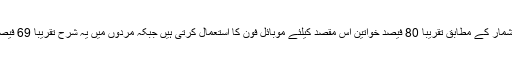
اعدادوشمار کے مطابق تقریباً 80 فیصد خواتین اس مقصد کیلئے موبائل فون کا استعمال کرتی ہیں جبکہ مردوں میں یہ شرح تقریباً 69 فیصد ہے۔